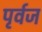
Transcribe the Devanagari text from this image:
पृर्वज